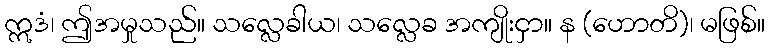
ဣဒံ၊ ဤအမှုသည်။ သလ္လေခါယ၊ သလ္လေခ အကျိုးငှာ။ န (ဟောတိ)၊ မဖြစ်။